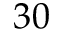
3 0